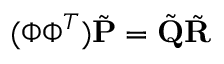
( \boldsymbol { \Phi } \boldsymbol { \Phi } ^ { T } ) \tilde { \mathbf { P } } = \tilde { \mathbf { Q } } \tilde { \mathbf { R } }